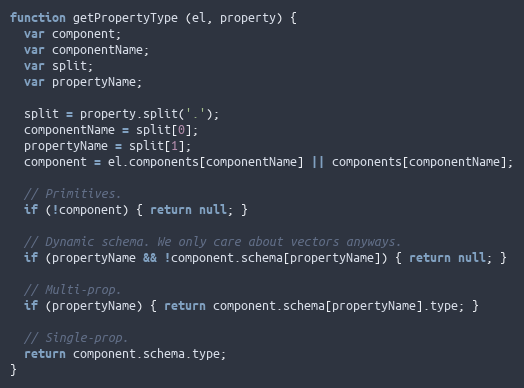
Language: JavaScript
function getPropertyType (el, property) {
  var component;
  var componentName;
  var split;
  var propertyName;

  split = property.split('.');
  componentName = split[0];
  propertyName = split[1];
  component = el.components[componentName] || components[componentName];

  // Primitives.
  if (!component) { return null; }

  // Dynamic schema. We only care about vectors anyways.
  if (propertyName && !component.schema[propertyName]) { return null; }

  // Multi-prop.
  if (propertyName) { return component.schema[propertyName].type; }

  // Single-prop.
  return component.schema.type;
}